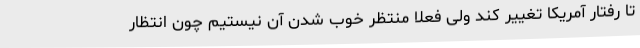
تا رفتار آمریکا تغییر کند ولی فعلا منتظر خوب شدن آن نیستیم چون انتظار